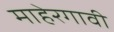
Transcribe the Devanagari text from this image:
माहेरगावी